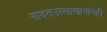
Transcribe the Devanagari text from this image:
सादतउल्लाखानानेही